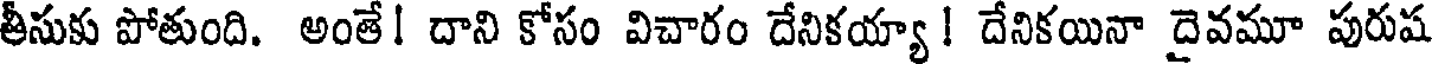
తీసుకు పోతుంది. అంతే! దాని కోసం విచారం దేనికయ్యా ! దేనికయినా దైవమూ పురుష